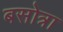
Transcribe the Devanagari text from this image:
बसोत्रा